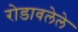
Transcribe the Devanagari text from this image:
रोडावलेले